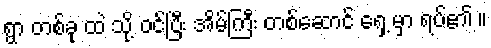
ရွာ တစ်ခု ထဲ သို့ ဝင်ပြီး အိမ်ကြီး တစ်ဆောင် ရှေ့ မှာ ရပ်၏ ။